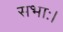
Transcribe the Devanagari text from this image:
सभाः।